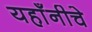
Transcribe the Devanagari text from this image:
यहाँनीचे